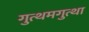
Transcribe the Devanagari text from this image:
गुत्थमगुत्था